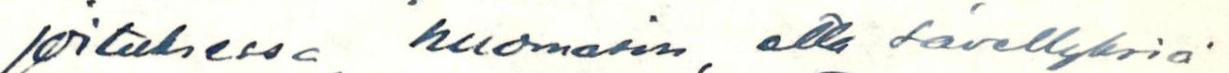
joituksessa huomasin, että sävellyksiä